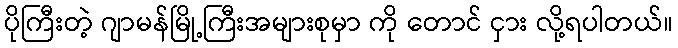
ပိုကြီးတဲ့ ဂျာမန်မြို့ကြီးအများစုမှာ ကို တောင် ငှား လို့ရပါတယ်။